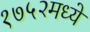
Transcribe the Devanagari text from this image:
१७५२मध्ये